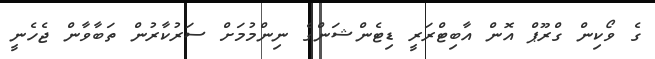
ގެ ވޯކިން ގްރޫޕް އޮން އާބިޓްރަރީ ޑިޓެންޝަންގެ ނިންމުމަށް ސަރުކާރުން ތަބާވާން ޖެހެނީ